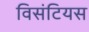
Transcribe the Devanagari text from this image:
विसंटियस